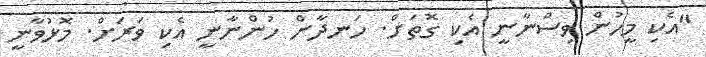
"އެކި މީހުން ވިސްނާނީ އެކި ގޮތަށް. ހަނދާން ހުންނާނީ އެކި ވަރަށް. މޮޅުވާނީ